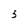
Character: 3